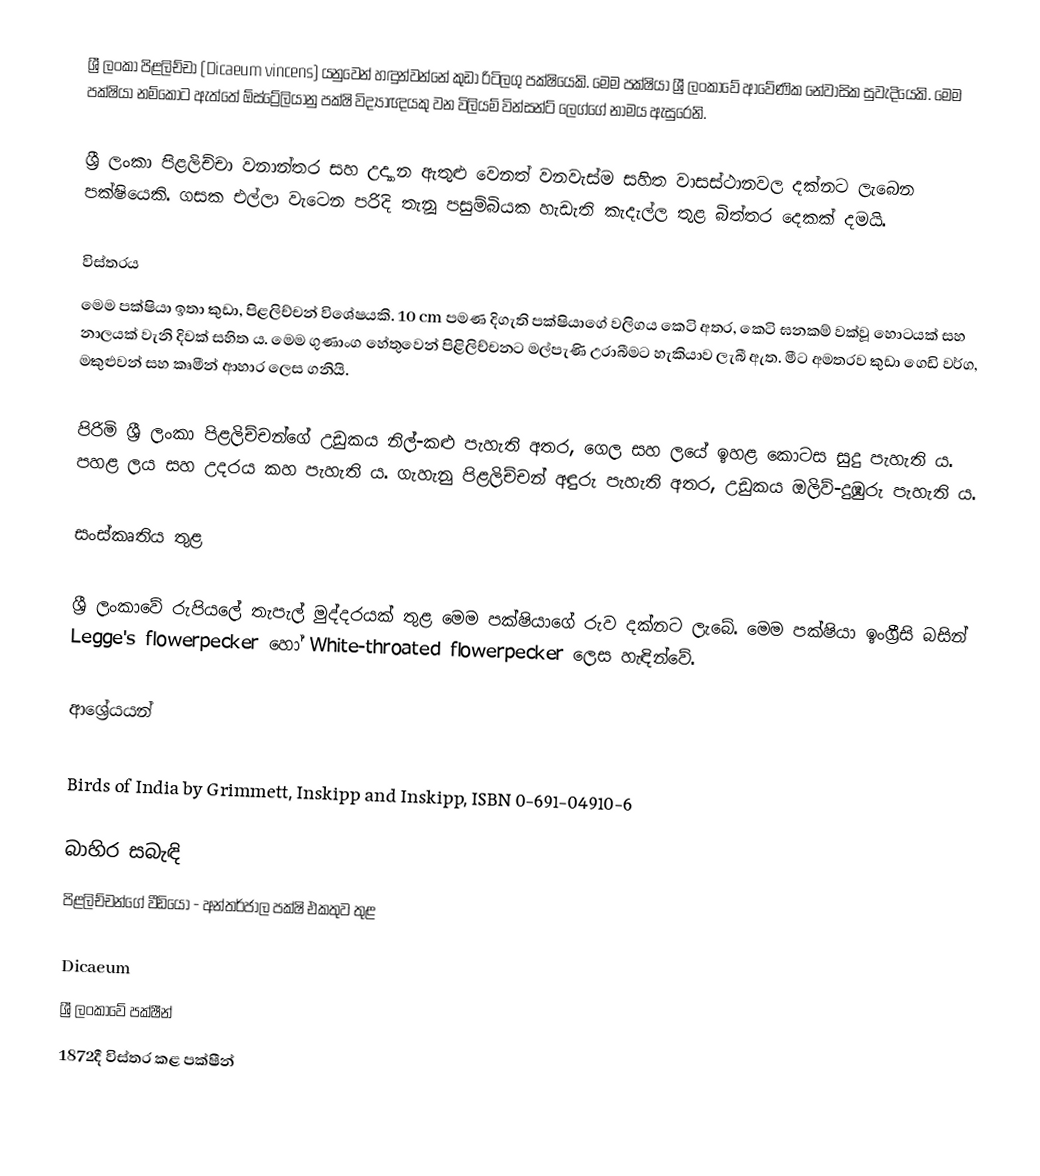
ශ්‍රී ලංකා පිළලිච්චා (Dicaeum vincens) යනුවෙන් හඳුන්වන්නේ කුඩා රිටිලගු පක්ෂියෙකි. මෙම පක්ෂියා ශ්‍රී ලංකාවේ ආවේණික නේවාසික සුවැදියෙකි. මෙම පක්ෂියා නම්කොට ඇත්තේ ඕස්ට්‍රේලියානු පක්ෂි විද්‍යාඥයකු වන විලියම් වින්සන්ට් ලෙග්ගේ නාමය ඇසුරෙනි.

ශ්‍රී ලංකා පිළලිච්චා වනාන්තර සහ උද්‍යාන ඇතුළු වෙනත් වනවැස්ම සහිත වාසස්ථානවල දක්නට ලැබෙන පක්ෂියෙකි. ගසක එල්ලා වැටෙන පරිදි තැනූ පසුම්බියක හැඩැති කැදැල්ල තුළ බිත්තර දෙකක් දමයි.

විස්තරය
මෙම පක්ෂියා ඉතා කුඩා, පිළලිච්චන් විශේෂයකි. 10 cm පමණ දිගැති පක්ෂියාගේ වලිගය කෙටි අතර, කෙටි ඝනකම් වක්වූ හොටයක් සහ නාලයක් වැනි දිවක් සහිත ය. මෙම ගුණාංග හේතුවෙන් පිළිලිච්චනට මල්පැණි උරාබීමට හැකියාව ලැබී ඇත. මීට අමතරව කුඩා ගෙඩි වර්ග, මකුළුවන් සහ කෘමීන් ආහාර ලෙස ගනියි.

පිරිමි ශ්‍රී ලංකා පිළලිච්චන්ගේ උඩුකය නිල්-කළු පැහැති අතර, ගෙල සහ ලයේ ඉහළ කොටස සුදු පැහැති ය. පහළ ‍ලය සහ උදරය කහ පැහැති ය. ගැහැනු පිළලිච්චන් අඳුරු පැහැති අතර, උඩුකය ඔලිව්-දුඹුරු පැහැති ය.

සංස්කෘතිය තුළ

ශ්‍රී ලංකාවේ රුපියලේ තැපැල් මුද්දරයක් තුළ මෙම පක්ෂියාගේ රුව දක්නට ලැබේ. මෙම පක්ෂියා ඉංග්‍රීසි බසින් Legge's flowerpecker  හෝ White-throated flowerpecker ලෙස හැඳින්වේ.

ආශ්‍රේයයන්

 Birds of India by Grimmett, Inskipp and Inskipp, ISBN 0-691-04910-6

බාහිර සබැඳි
පිළලිච්චන්ගේ වීඩියෝ - අන්තර්ජාල පක්ෂි එකතුව තුළ

Dicaeum
ශ්‍රී ලංකාවේ පක්ෂීන්
1872දී විස්තර කළ පක්ෂීන්